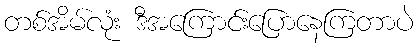
တစ်အိမ်လုံး ဒီအကြောင်းပြောနေကြတာပဲ